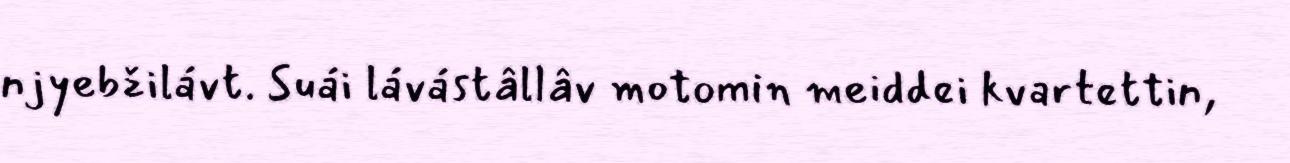
njyebžilávt. Suái lávástâllâv motomin meiddei kvartettin,